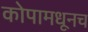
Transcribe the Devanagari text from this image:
कोपामधूनच